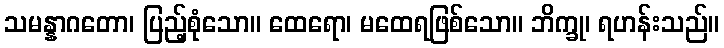
သမန္နာဂတော၊ ပြည့်စုံသော။ ထေရော၊ မထေရဖြစ်သော။ ဘိက္ခု၊ ရဟန်းသည်။